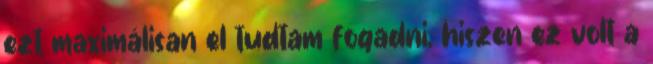
ezt maximálisan el tudtam fogadni, hiszen ez volt a